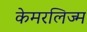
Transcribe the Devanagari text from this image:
केमरलिज्म